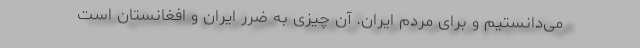
می‌دانستیم و برای مردم ایران. آن چیزی به ضرر ایران و افغانستان است